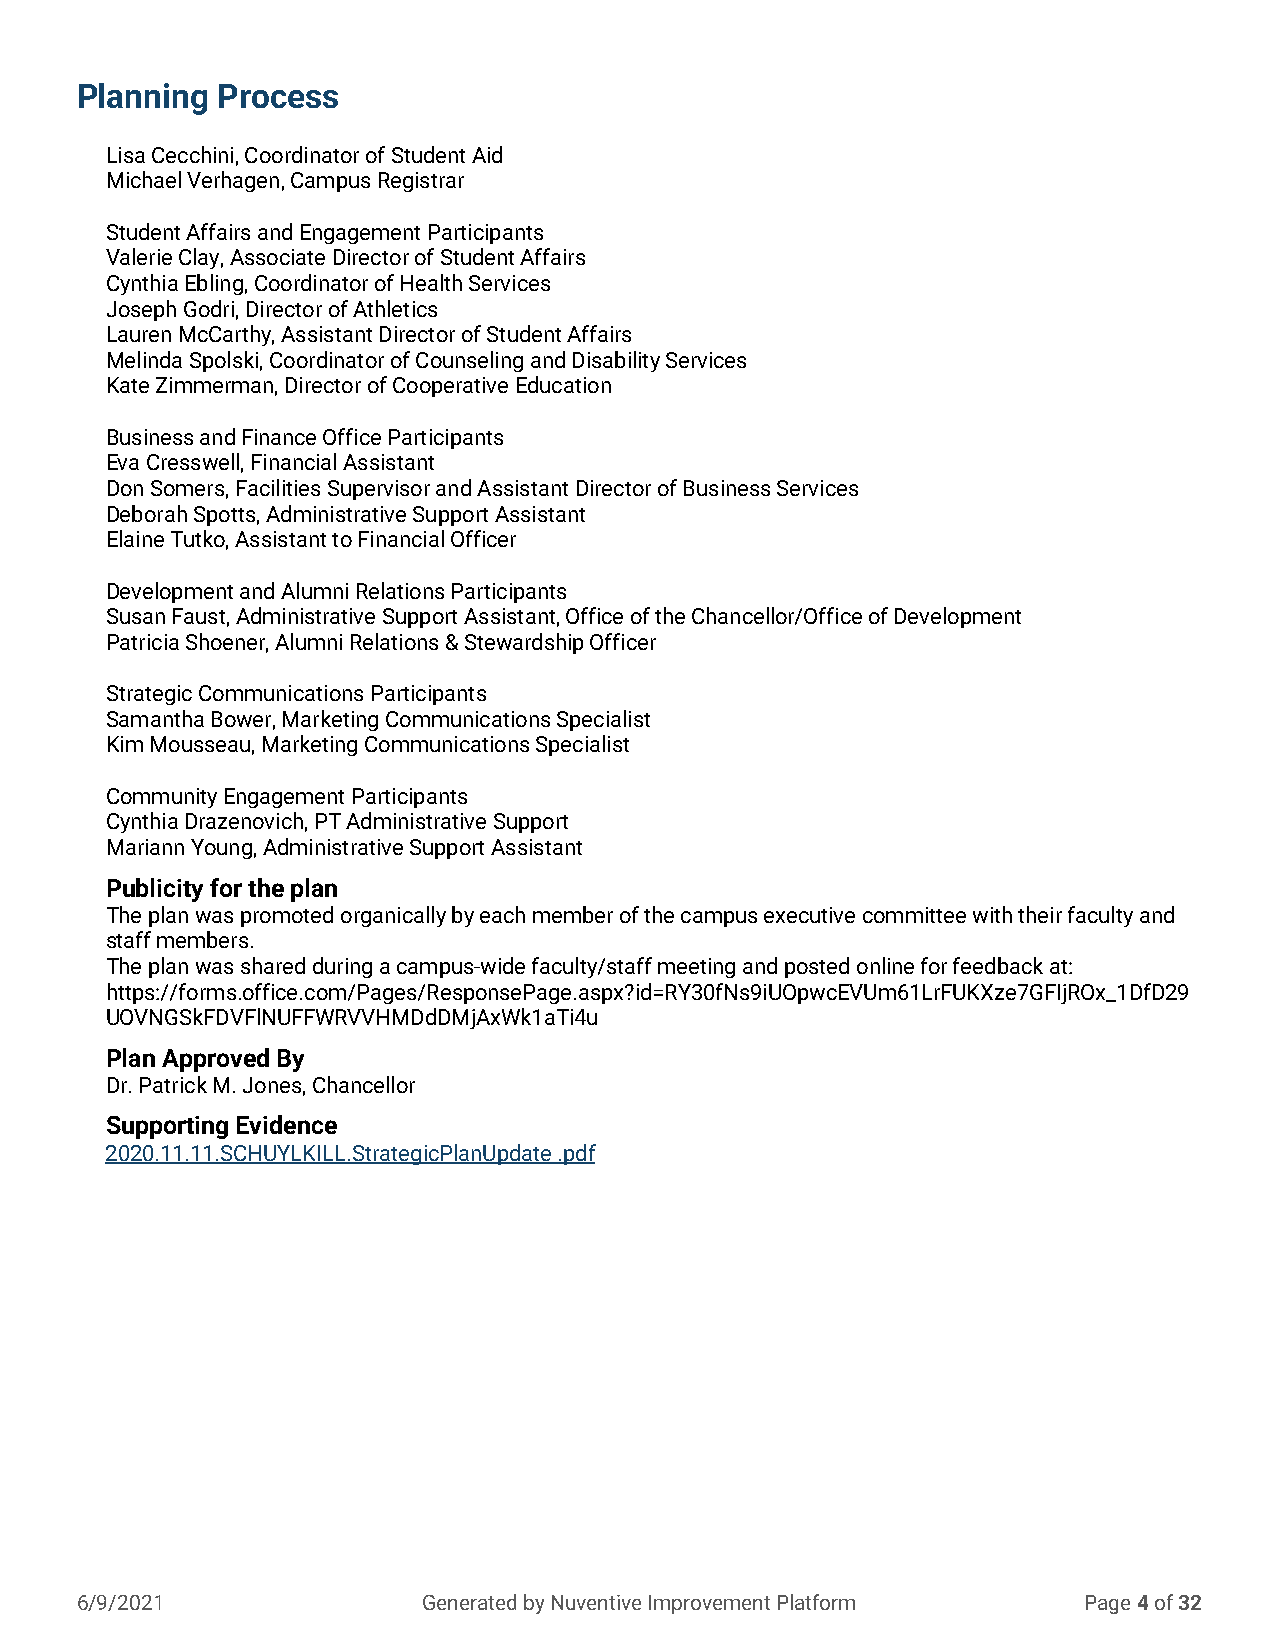
Planning Process
 Lisa Cecchini, Coordinator of Student Aid
 Michael Verhagen, Campus Registrar
 Student Affairs and Engagement Participants
 Valerie Clay, Associate Director of Student Affairs
 Cynthia Ebling, Coordinator of Health Services
 Joseph Godri, Director of Athletics
 Lauren McCarthy, Assistant Director of Student Affairs
 Melinda Spolski, Coordinator of Counseling and Disability Services
 Kate Zimmerman, Director of Cooperative Education
 Business and Finance Office Participants
 Eva Cresswell, Financial Assistant
 Don Somers, Facilities Supervisor and Assistant Director of Business Services
 Deborah Spotts, Administrative Support Assistant
 Elaine Tutko, Assistant to Financial Officer
 Development and Alumni Relations Participants
 Susan Faust, Administrative Support Assistant, Office of the Chancellor/Office of Development
 Patricia Shoener, Alumni Relations & Stewardship Officer
 Strategic Communications Participants
 Samantha Bower, Marketing Communications Specialist
 Kim Mousseau, Marketing Communications Specialist
 Community Engagement Participants
 Cynthia Drazenovich, PT Administrative Support
 Mariann Young, Administrative Support Assistant
 Publicity for the plan
 The plan was promoted organically by each member of the campus executive committee with their faculty and
 staff members.
 The plan was shared during a campus-wide faculty/staff meeting and posted online for feedback at:
 https://forms.office.com/Pages/ResponsePage.aspx?id=RY30fNs9iUOpwcEVUm61LrFUKXze7GFIjROx_1DfD29
 UOVNGSkFDVFlNUFFWRVVHMDdDMjAxWk1aTi4u
 Plan Approved By
 Dr. Patrick M. Jones, Chancellor
 Supporting Evidence
 2020.11.11.SCHUYLKILL.StrategicPlanUpdate .pdf
 6/9/2021               Generated by Nuventive Improvement Platform Page 4 of 32